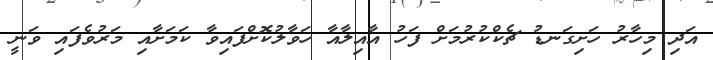
އަދި މިހާރު ހަށިގަނޑު ޗެކްކުރުމަށް ފަހު އާއިލާއާ ހަވާލުކޮށްފައިވާ ކަމަށާއި މަރުވެފައި ވަނީ